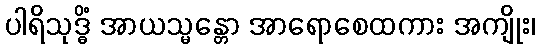
ပါရိသုဒ္ဓိံ အာယသ္မန္တော အာရောစေထကား အကျိုး၊